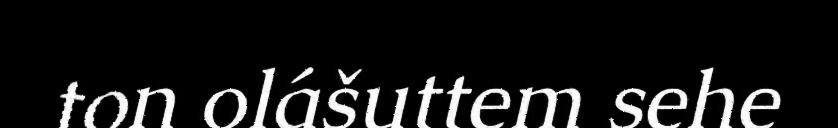
ton olášuttem sehe